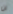
ان